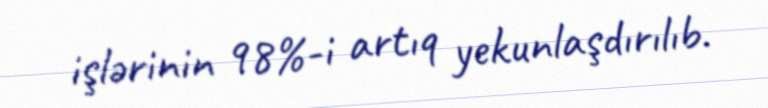
işlərinin 98%-i artıq yekunlaşdırılıb.